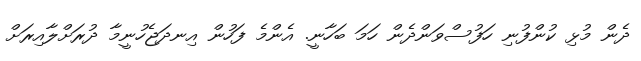
ދެން މުޅި ކުންފުނި ހަފުސްވަންދެން ހަަމަ ބަހާނީ. އެންމެ ފަހުން އިނދަޖެހުނީމާ ދުރަށްލާއިރަށް